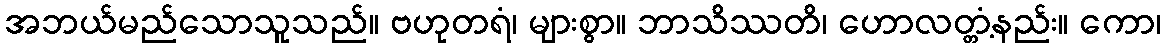
အဘယ်မည်သောသူသည်။ ဗဟုတရံ၊ များစွာ။ ဘာသိဿတိ၊ ဟောလတ္တံ့နည်း။ ကော၊